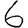
Digit: 6